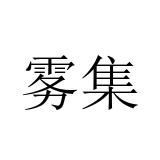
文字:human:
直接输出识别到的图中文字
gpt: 雾集